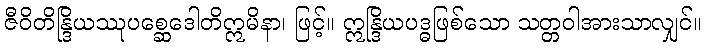
ဇီဝိတိန္ဒြိယဿုပစ္ဆေဒေါတိဣမိနာ၊ ဖြင့်။ ဣန္ဒြိယပဒ္ဓဖြစ်သော သတ္တဝါအားသာလျှင်။